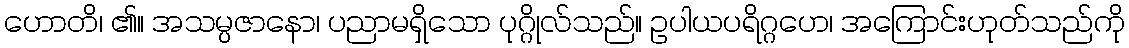
ဟောတိ၊ ၏။ အသမ္ပဇာနော၊ ပညာမရှိသော ပုဂ္ဂိုလ်သည်။ ဥပါယပရိဂ္ဂဟေ၊ အကြောင်းဟုတ်သည်ကို